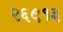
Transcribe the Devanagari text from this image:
२६९१३